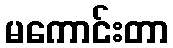
မကောင်းတာ